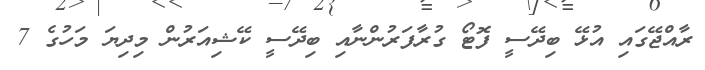
ރާއްޖޭގައި އުޅޭ ބިދޭސީ ފޮޓޯ ގުރާފަރުންނާއި ބިދޭސީ ކޭޝިއަރުން މިދިޔަ މަހުގެ 7